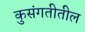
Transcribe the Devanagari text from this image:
कुसंगतीतील